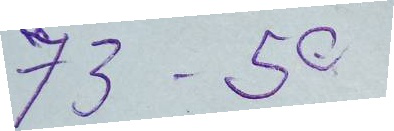
73 - 50